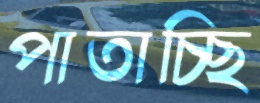
পাতাচ্ছি